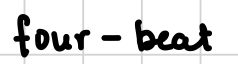
Text: four-beat
Cross-out: clean
Writing tool: digital_black